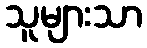
သူများသာ